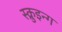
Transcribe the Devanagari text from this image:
स्क्रुइन्ग